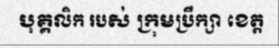
បុគ្គលិក របស់ ក្រុមប្រឹក្សា ខេត្ត